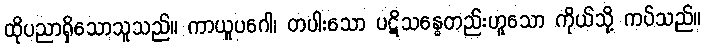
ထိုပညာရှိသောသူသည်။ ကာယူပဂေါ၊ တပါးသော ပဋိသန္ဓေတည်းဟူသော ကိုယ်သို့ ကပ်သည်။